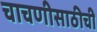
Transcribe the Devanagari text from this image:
चाचणीसाठीची